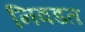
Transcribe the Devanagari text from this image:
निवडत